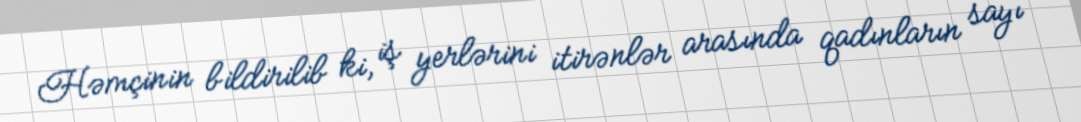
Həmçinin bildirilib ki, iş yerlərini itirənlər arasında qadınların sayı